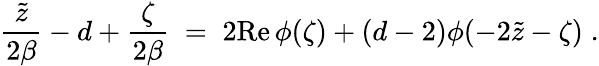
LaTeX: {\frac{\tilde{z}}{2\beta}}-d+{\frac{\zeta}{2\beta}}\; =\; 2\mathrm{Re}\, \phi(\zeta)+(d-2)\phi(-2\tilde{z}-\zeta)\; .